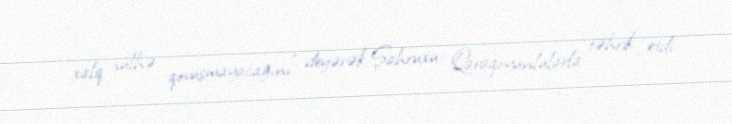
xalq sülhə qovuşmayacağını" deyərək Şahruxu Qaraqoyunlularla təhrik etdi.